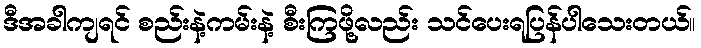
ဒီအခါကျရင် စည်းနဲ့ကမ်းနဲ့ စီးကြဖို့လည်း သင်ပေးရပြန်ပါသေးတယ်။